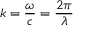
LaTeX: k = { \frac { \omega } { c } } = { \frac { 2 \pi } { \lambda } }